Annual report of the Imperial Bacteriological Laboratory, Muktesar
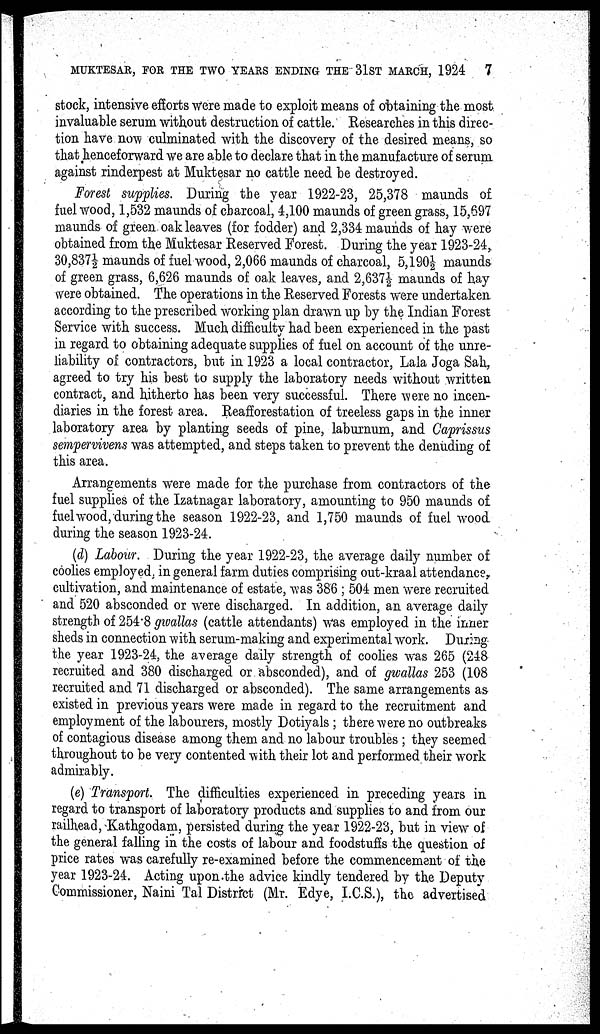
MUKTESAR, FOR THE TWO YEARS ENDING THE 31ST MARCH, 1924
7
stock, intensive efforts were made to exploit means of obtaining the most
invaluable serum without destruction of cattle. Researches in this direc-
tion have now culminated with the discovery of the desired means, so
that henceforward we are able to declare that in the manufacture of serum
against rinderpest at Muktesar no cattle need be destroyed.
Forest supplies. During the year 1922-23, 25,378 maunds of
fuel wood, 1,532 maunds of charcoal, 4,100 maunds of green grass, 15,697
maunds of green oak leaves (for fodder) and 2,334 maunds of hay were
obtained from the Muktesar Reserved Forest. During the year 1923-24,
30,837½ maunds of fuel wood, 2,066 maunds of charcoal, 5,190½ maunds
of green grass, 6,626 maunds of oak leaves, and 2,637½ maunds of hay
were obtained. The operations in the Reserved Forests were undertaken
according to the prescribed working plan drawn up by the Indian Forest
Service with success. Much difficulty had been experienced in the past
in regard to obtaining adequate supplies of fuel on account of the unre-
liability of contractors, but in 1923 a local contractor, Lala Joga Sah,
agreed to try his best to supply the laboratory needs without written
contract, and hitherto has been very successful. There were no incen-
diaries in the forest area. Reafforestation of treeless gaps in the inner
laboratory area by planting seeds of pine, laburnum, and Caprissus
sempervivens was attempted, and steps taken to prevent the denuding of
this area.
Arrangements were made for the purchase from contractors of the
fuel supplies of the Izatnagar laboratory, amounting to 950 maunds of
fuel wood, during the season 1922-23, and 1,750 maunds of fuel wood
during the season 1923-24.
(d) Labour. During the year 1922-23, the average daily number of
coolies employed, in general farm duties comprising out-kraal attendance,
cultivation, and maintenance of estate, was 386 ; 504 men were recruited
and 520 absconded or were discharged. In addition, an average daily
strength of 254.8 gwallas (cattle attendants) was employed in the inner
sheds in connection with serum-making and experimental work. During
the year 1923-24, the average daily strength of coolies was 265 (248
recruited and 380 discharged or absconded), and of gwallas 253 (108
recruited and 71 discharged or absconded). The same arrangements as
existed in previous years were made in regard to the recruitment and
employment of the labourers, mostly Dotiyals ; there were no outbreaks
of contagious disease among them and no labour troubles ; they seemed
throughout to be very contented with their lot and performed their work
admirably.
(e) Transport. The difficulties experienced in preceding years in
regard to transport of laboratory products and supplies to and from our
railhead, Kathgodam, persisted during the year 1922-23, but in view of
the general falling in the costs of labour and foodstuffs the question of
price rates was carefully re-examined before the commencement of the
year 1923-24. Acting upon the advice kindly tendered by the Deputy
Commissioner, Naini Tal District (Mr. Edye, I.C.S.), the advertised